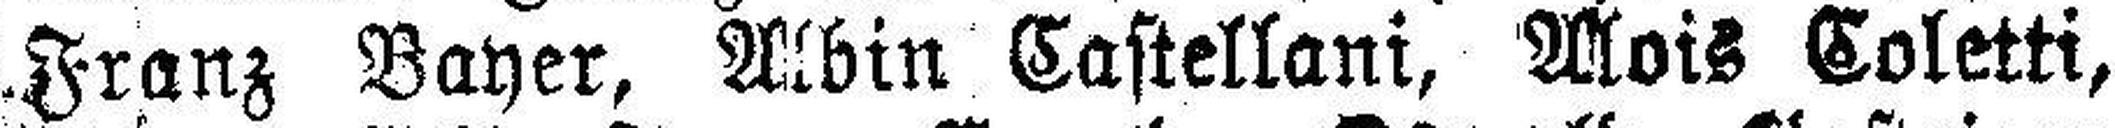
Franz Bayer, Albin Castellani, Mois Coletti,